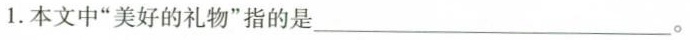
1.本文中”美好的礼物”指的是___ 。